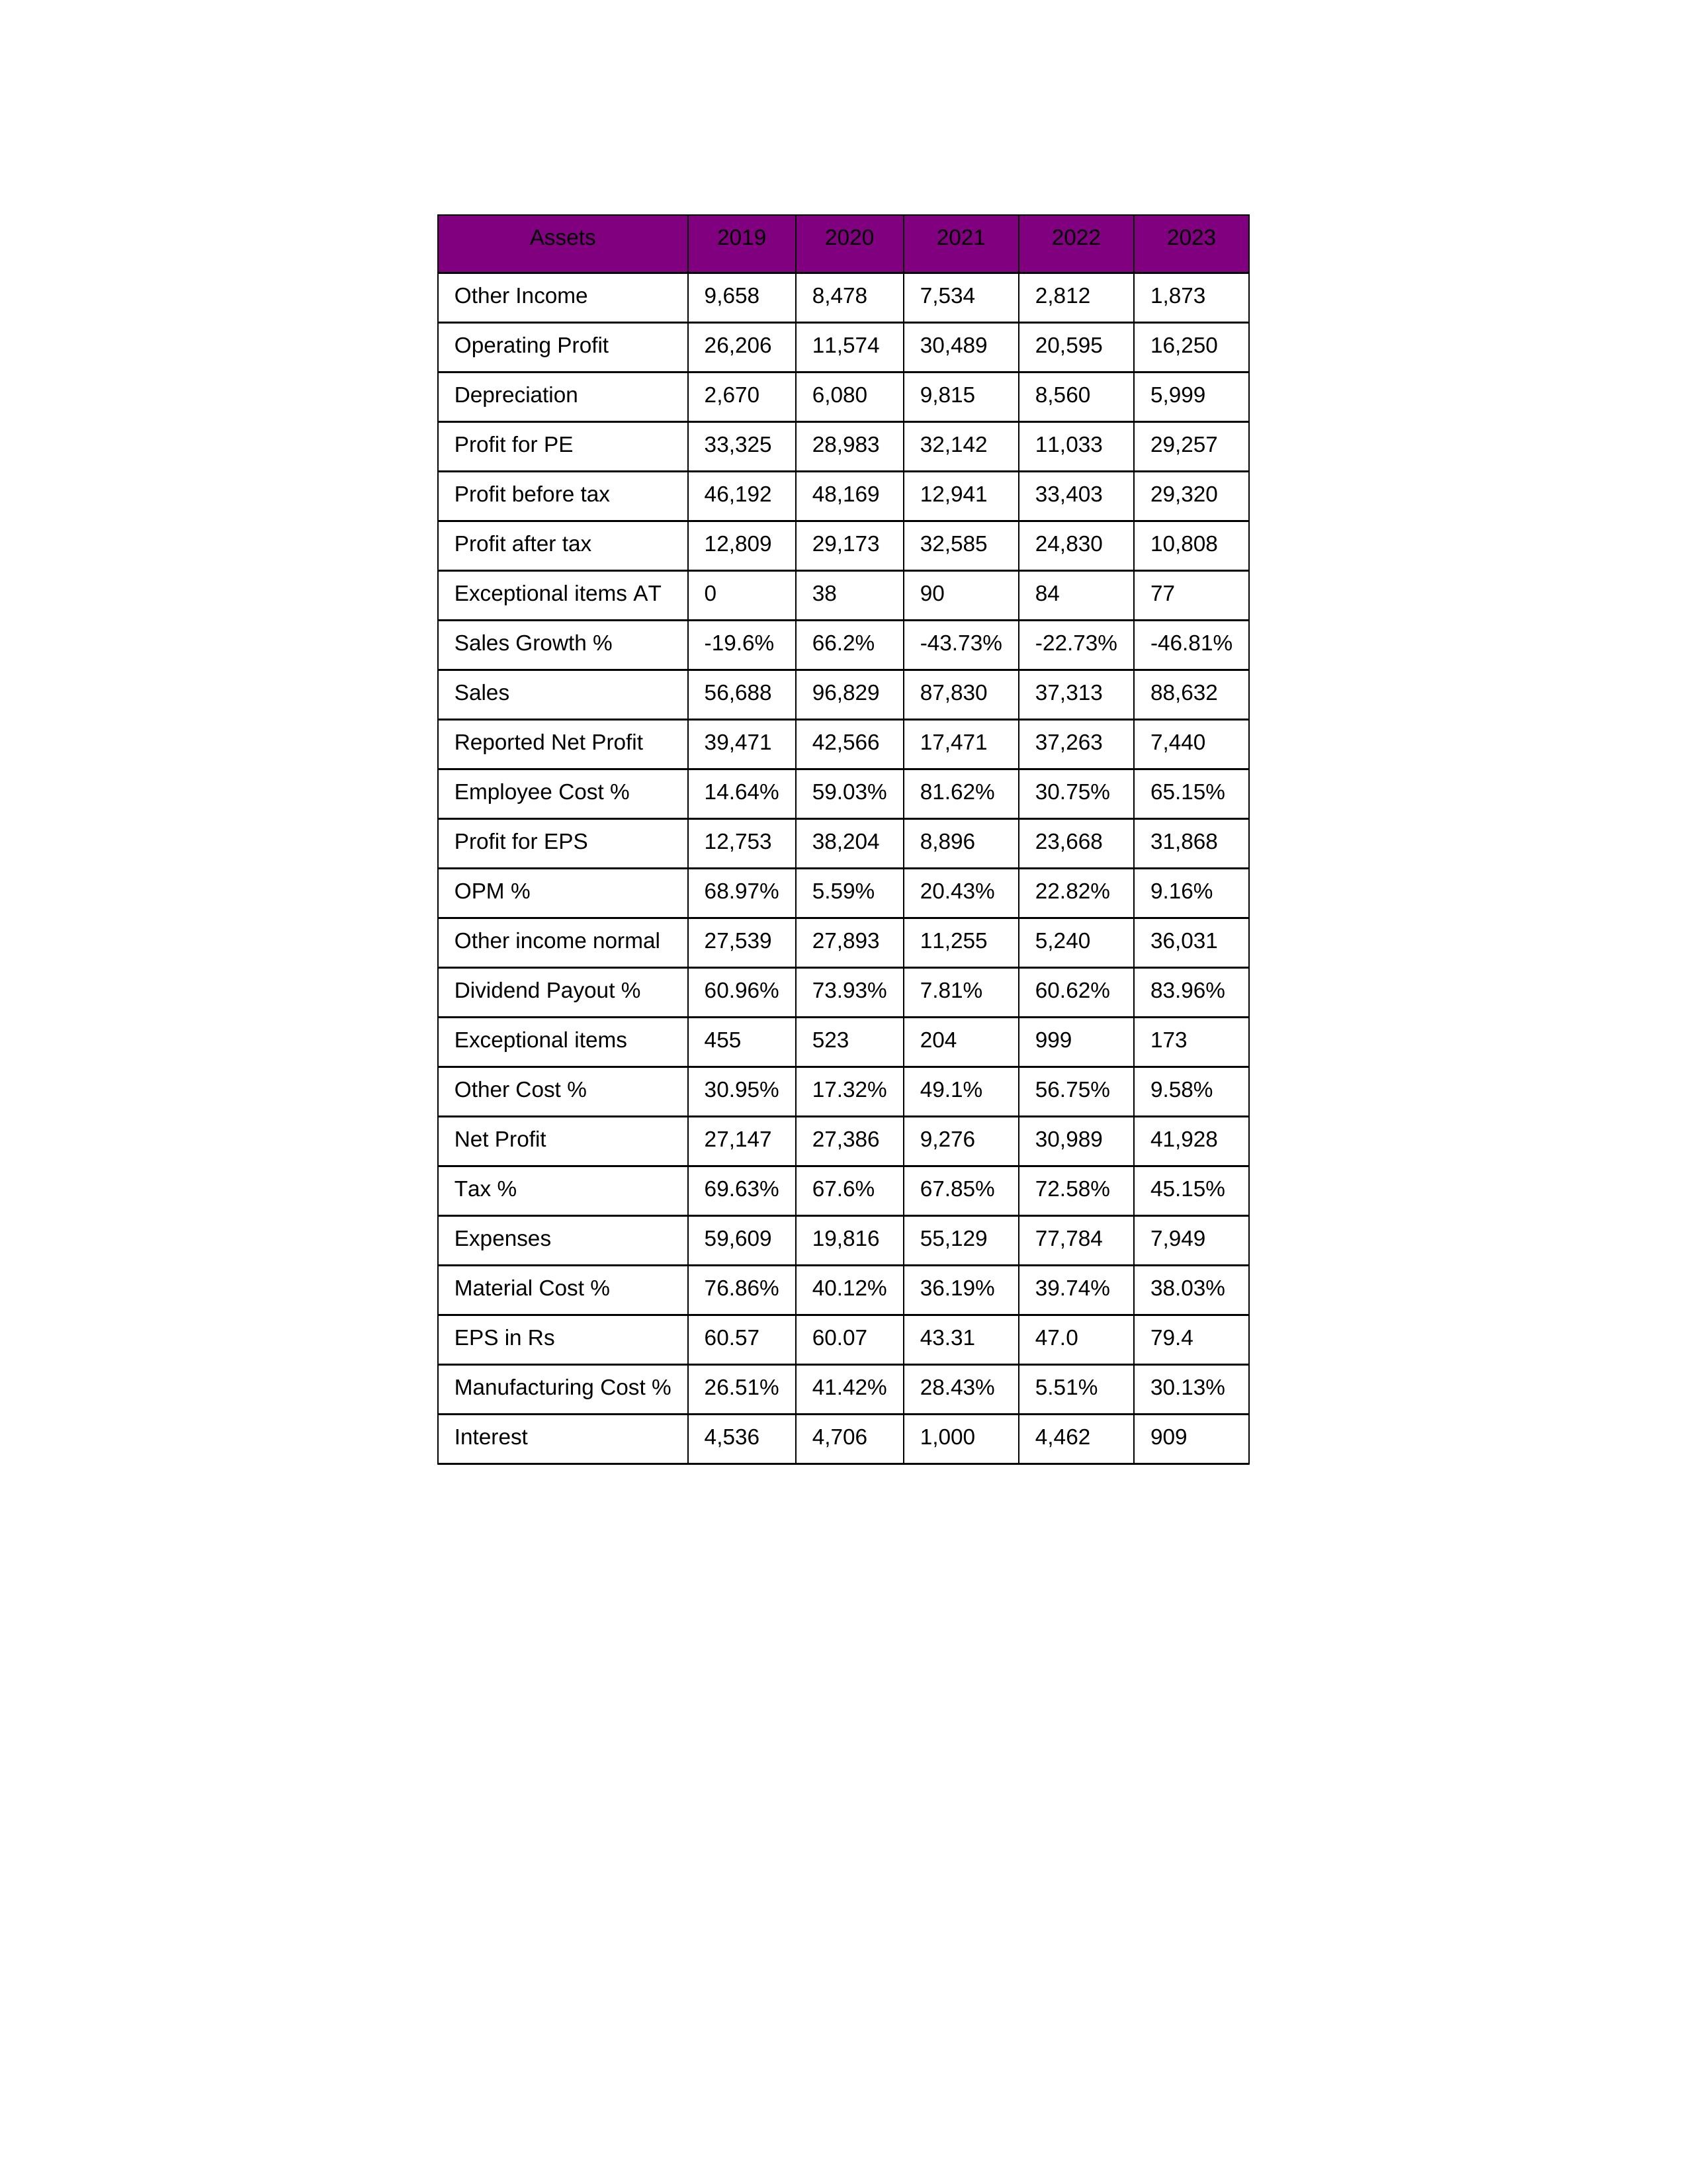
gt_parse: 2019: Sales: 56,688
Sales Growth %: -19.6%
Expenses: 59,609
Material Cost %: 76.86%
Manufacturing Cost %: 26.51%
Employee Cost %: 14.64%
Other Cost %: 30.95%
Operating Profit: 26,206
OPM %: 68.97%
Other Income: 9,658
Exceptional items: 455
Other income normal: 27,539
Interest: 4,536
Depreciation: 2,670
Profit before tax: 46,192
Tax %: 69.63%
Net Profit: 27,147
Profit after tax: 12,809
Reported Net Profit: 39,471
Profit for EPS: 12,753
Exceptional items AT: 0
Profit for PE: 33,325
EPS in Rs: 60.57
Dividend Payout %: 60.96%
2020: Sales: 96,829
Sales Growth %: 66.2%
Expenses: 19,816
Material Cost %: 40.12%
Manufacturing Cost %: 41.42%
Employee Cost %: 59.03%
Other Cost %: 17.32%
Operating Profit: 11,574
OPM %: 5.59%
Other Income: 8,478
Exceptional items: 523
Other income normal: 27,893
Interest: 4,706
Depreciation: 6,080
Profit before tax: 48,169
Tax %: 67.6%
Net Profit: 27,386
Profit after tax: 29,173
Reported Net Profit: 42,566
Profit for EPS: 38,204
Exceptional items AT: 38
Profit for PE: 28,983
EPS in Rs: 60.07
Dividend Payout %: 73.93%
2021: Sales: 87,830
Sales Growth %: -43.73%
Expenses: 55,129
Material Cost %: 36.19%
Manufacturing Cost %: 28.43%
Employee Cost %: 81.62%
Other Cost %: 49.1%
Operating Profit: 30,489
OPM %: 20.43%
Other Income: 7,534
Exceptional items: 204
Other income normal: 11,255
Interest: 1,000
Depreciation: 9,815
Profit before tax: 12,941
Tax %: 67.85%
Net Profit: 9,276
Profit after tax: 32,585
Reported Net Profit: 17,471
Profit for EPS: 8,896
Exceptional items AT: 90
Profit for PE: 32,142
EPS in Rs: 43.31
Dividend Payout %: 7.81%
2022: Sales: 37,313
Sales Growth %: -22.73%
Expenses: 77,784
Material Cost %: 39.74%
Manufacturing Cost %: 5.51%
Employee Cost %: 30.75%
Other Cost %: 56.75%
Operating Profit: 20,595
OPM %: 22.82%
Other Income: 2,812
Exceptional items: 999
Other income normal: 5,240
Interest: 4,462
Depreciation: 8,560
Profit before tax: 33,403
Tax %: 72.58%
Net Profit: 30,989
Profit after tax: 24,830
Reported Net Profit: 37,263
Profit for EPS: 23,668
Exceptional items AT: 84
Profit for PE: 11,033
EPS in Rs: 47
Dividend Payout %: 60.62%
2023: Sales: 88,632
Sales Growth %: -46.81%
Expenses: 7,949
Material Cost %: 38.03%
Manufacturing Cost %: 30.13%
Employee Cost %: 65.15%
Other Cost %: 9.58%
Operating Profit: 16,250
OPM %: 9.16%
Other Income: 1,873
Exceptional items: 173
Other income normal: 36,031
Interest: 909
Depreciation: 5,999
Profit before tax: 29,320
Tax %: 45.15%
Net Profit: 41,928
Profit after tax: 10,808
Reported Net Profit: 7,440
Profit for EPS: 31,868
Exceptional items AT: 77
Profit for PE: 29,257
EPS in Rs: 79.4
Dividend Payout %: 83.96%